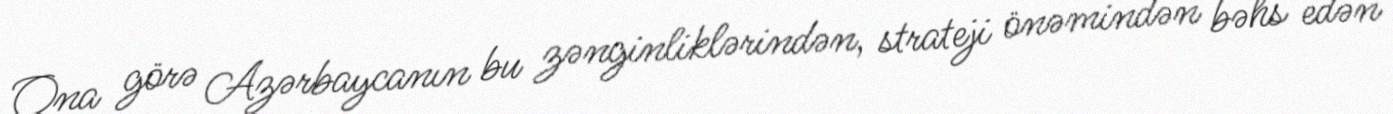
Ona görə Azərbaycanın bu zənginliklərindən, strateji önəmindən bəhs edən